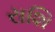
રાશિ